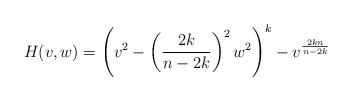
LaTeX: \begin{align*}H(v,w)=\left(v^2-\left(\frac{2k}{n-2k}\right)^2w^2\right)^{k}-v^{\frac{2kn}{n-2k}}\end{align*}